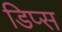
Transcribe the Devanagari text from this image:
डिप्स